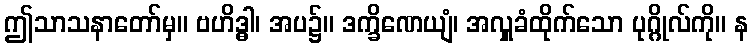
ဤသာသနာတော်မှ။ ဗဟိဒ္ဓါ၊ အပ၌။ ဒက္ခိဏေယျံ၊ အလှူခံထိုက်သော ပုဂ္ဂိုလ်ကို။ န